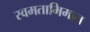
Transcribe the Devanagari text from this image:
स्वमताभिमान